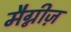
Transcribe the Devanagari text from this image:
मैग्नीज़